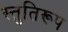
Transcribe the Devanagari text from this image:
स्तुतिरूप